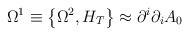
LaTeX: \begin{align*}\Omega^1\equiv \left\{\Omega^2 ,H_T\right\}\approx \partial^i \partial_i A_0 \end{align*}